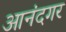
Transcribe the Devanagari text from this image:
आनंदगर